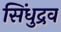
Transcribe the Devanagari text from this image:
सिंधुद्रव